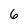
Character: 6